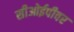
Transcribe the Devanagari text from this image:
सीओईपीवर